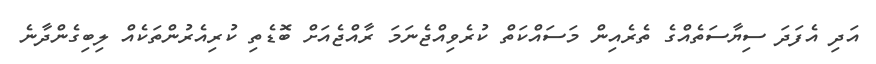
އަދި އެފަދަ ސިޔާސަތެއްގެ ތެރެއިން މަސައްކަތް ކުރެވިއްޖެނަމަ ރާއްޖެއަށް ބޮޑެތި ކުރިއެރުންތަކެއް ލިބިގެންދާނެ